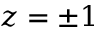
z = \pm 1